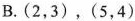
B.(2，3)，(5，4)